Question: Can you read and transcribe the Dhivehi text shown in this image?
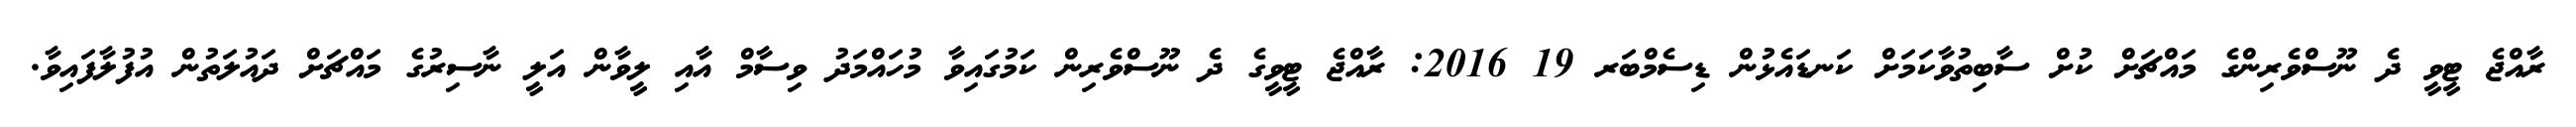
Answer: ރާއްޖެ ޓީވީ ދެ ނޫސްވެރިންގެ މައްޗަށް ކުށް ސާބިތުވާކަމަށް ކަނޑައެޅުން ޑިސެމްބަރ 19 2016: ރާއްޖެ ޓީވީގެ ދެ ނޫސްވެރިން ކަމުގައިވާ މުހައްމަދު ވިސާމް އާއި ލީވާން އަލީ ނާސިރުގެ މައްޗަށް ދައުލަތުން އުފުލާފައިވާ.